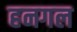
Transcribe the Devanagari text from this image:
हनगल